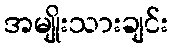
အမျိုးသားချင်း